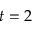
t = 2